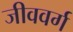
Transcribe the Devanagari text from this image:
जीववर्ग